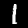
Label: 1